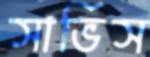
সার্ভিস